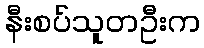
နီးစပ်သူတဦးက